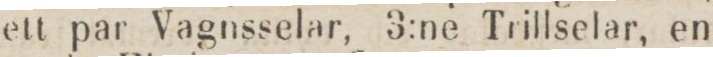
ett par Vagnsselar, 3:ne Trillselar, en